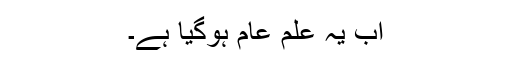
اب یہ علم عام ہوگیا ہے۔